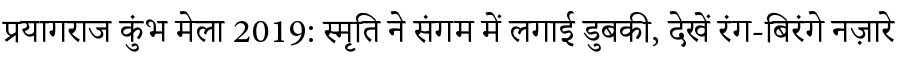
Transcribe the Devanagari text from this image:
प्रयागराज कुंभ मेला 2019: स्मृति ने संगम में लगाई डुबकी, देखें रंग-बिरंगे नज़ारे